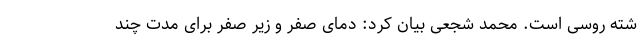
شته روسی است. محمد شجعی بیان کرد: دمای صفر و زیر صفر برای مدت چند